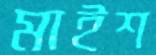
মাইশ